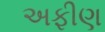
અફીણ